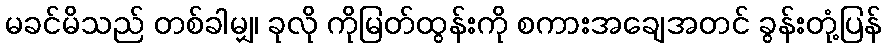
မခင်မိသည် တစ်ခါမျှ၊ ခုလို ကိုမြတ်ထွန်းကို စကားအချေအတင် ခွန်းတုံ့ပြန်